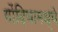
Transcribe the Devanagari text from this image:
गोंदियामध्ये